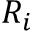
R _ { i }